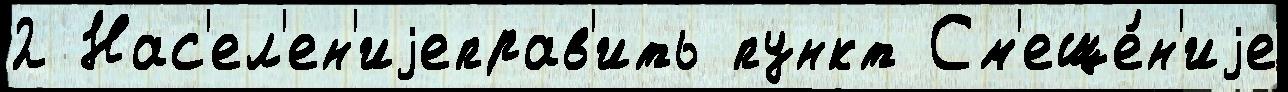
2 Нас'ел'ен'иjеправ'ить пункт См'еще́н'иjе